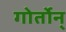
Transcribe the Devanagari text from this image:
गोर्तोन्